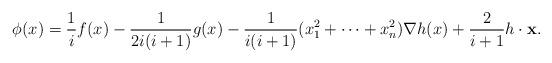
LaTeX: \begin{align*}\phi (x) = \frac{1}{i}f(x) - \frac{1}{2i(i+1)}g(x) - \frac{1}{i(i+1)}(x_1^2 + \cdots + x_n^2)\nabla h(x) + \frac{2}{i+1}h\cdot \mathbf x.\end{align*}